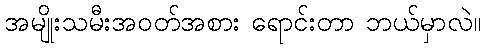
အမျိုးသမီးအဝတ်အစား ရောင်းတာ ဘယ်မှာလဲ။